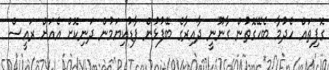
ގޮފިތައް ހެދުމާ ބެހޭގޮތުން ގާނޫނީ ދާއިރާގެ ބޭފުޅުން ފާޑުކިޔަމުން ދަނިކޮށް އެއަށް ރައީސް